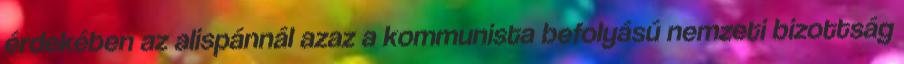
érdekében az alispánnál azaz a kommunista befolyású nemzeti bizottság